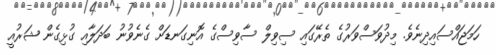
ހަމަޖައްސައިދިނެވެ. މިދުވަސްވަރުގެ ތެރޭގައި ސިވިލް ސާވިސްގެ އޮނިގަނޑަށް ގެނެވުނު ބަދަލާއި ގުޅިގެން ޝަރުއީ